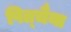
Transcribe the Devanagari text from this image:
पित्चैया